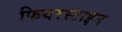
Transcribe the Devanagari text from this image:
फियरस्टाइन